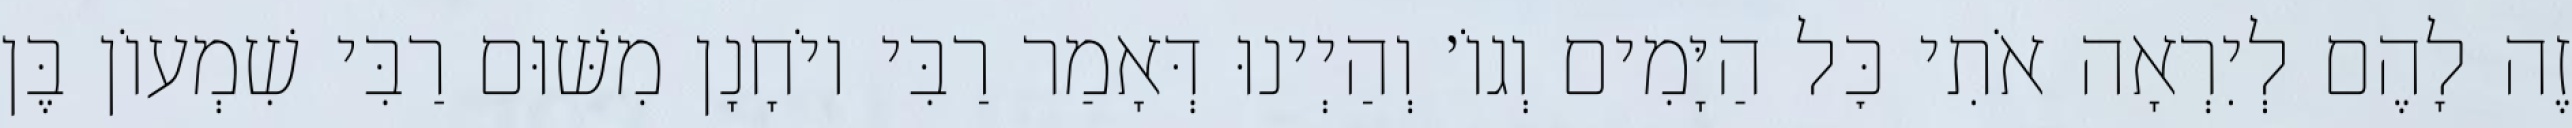
זֶה לָהֶם לְיִרְאָה אֹתִי כׇּל הַיָּמִים וְגוֹ׳ וְהַיְינוּ דְּאָמַר רַבִּי יוֹחָנָן מִשּׁוּם רַבִּי שִׁמְעוֹן בֶּן